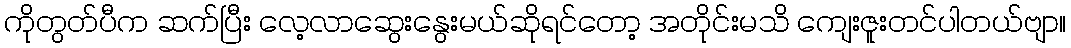
ကိုတွတ်ပီက ဆက်ပြီး လေ့လာဆွေးနွေးမယ်ဆိုရင်တော့ အတိုင်းမသိ ကျေးဇူးတင်ပါတယ်ဗျာ။